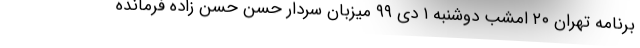
برنامه تهران ۲۰ امشب دوشنبه ۱ دی ۹۹ میزبان سردار حسن حسن زاده فرمانده